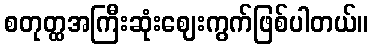
စတုတ္ထအကြီးဆုံးဈေးကွက်ဖြစ်ပါတယ်။